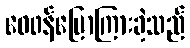
ဝေဖန်ပြောကြားခဲ့သည်